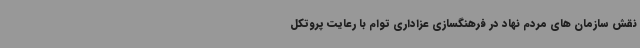
نقش سازمان های مردم نهاد در فرهنگسازی عزاداری توام با رعایت پروتکل